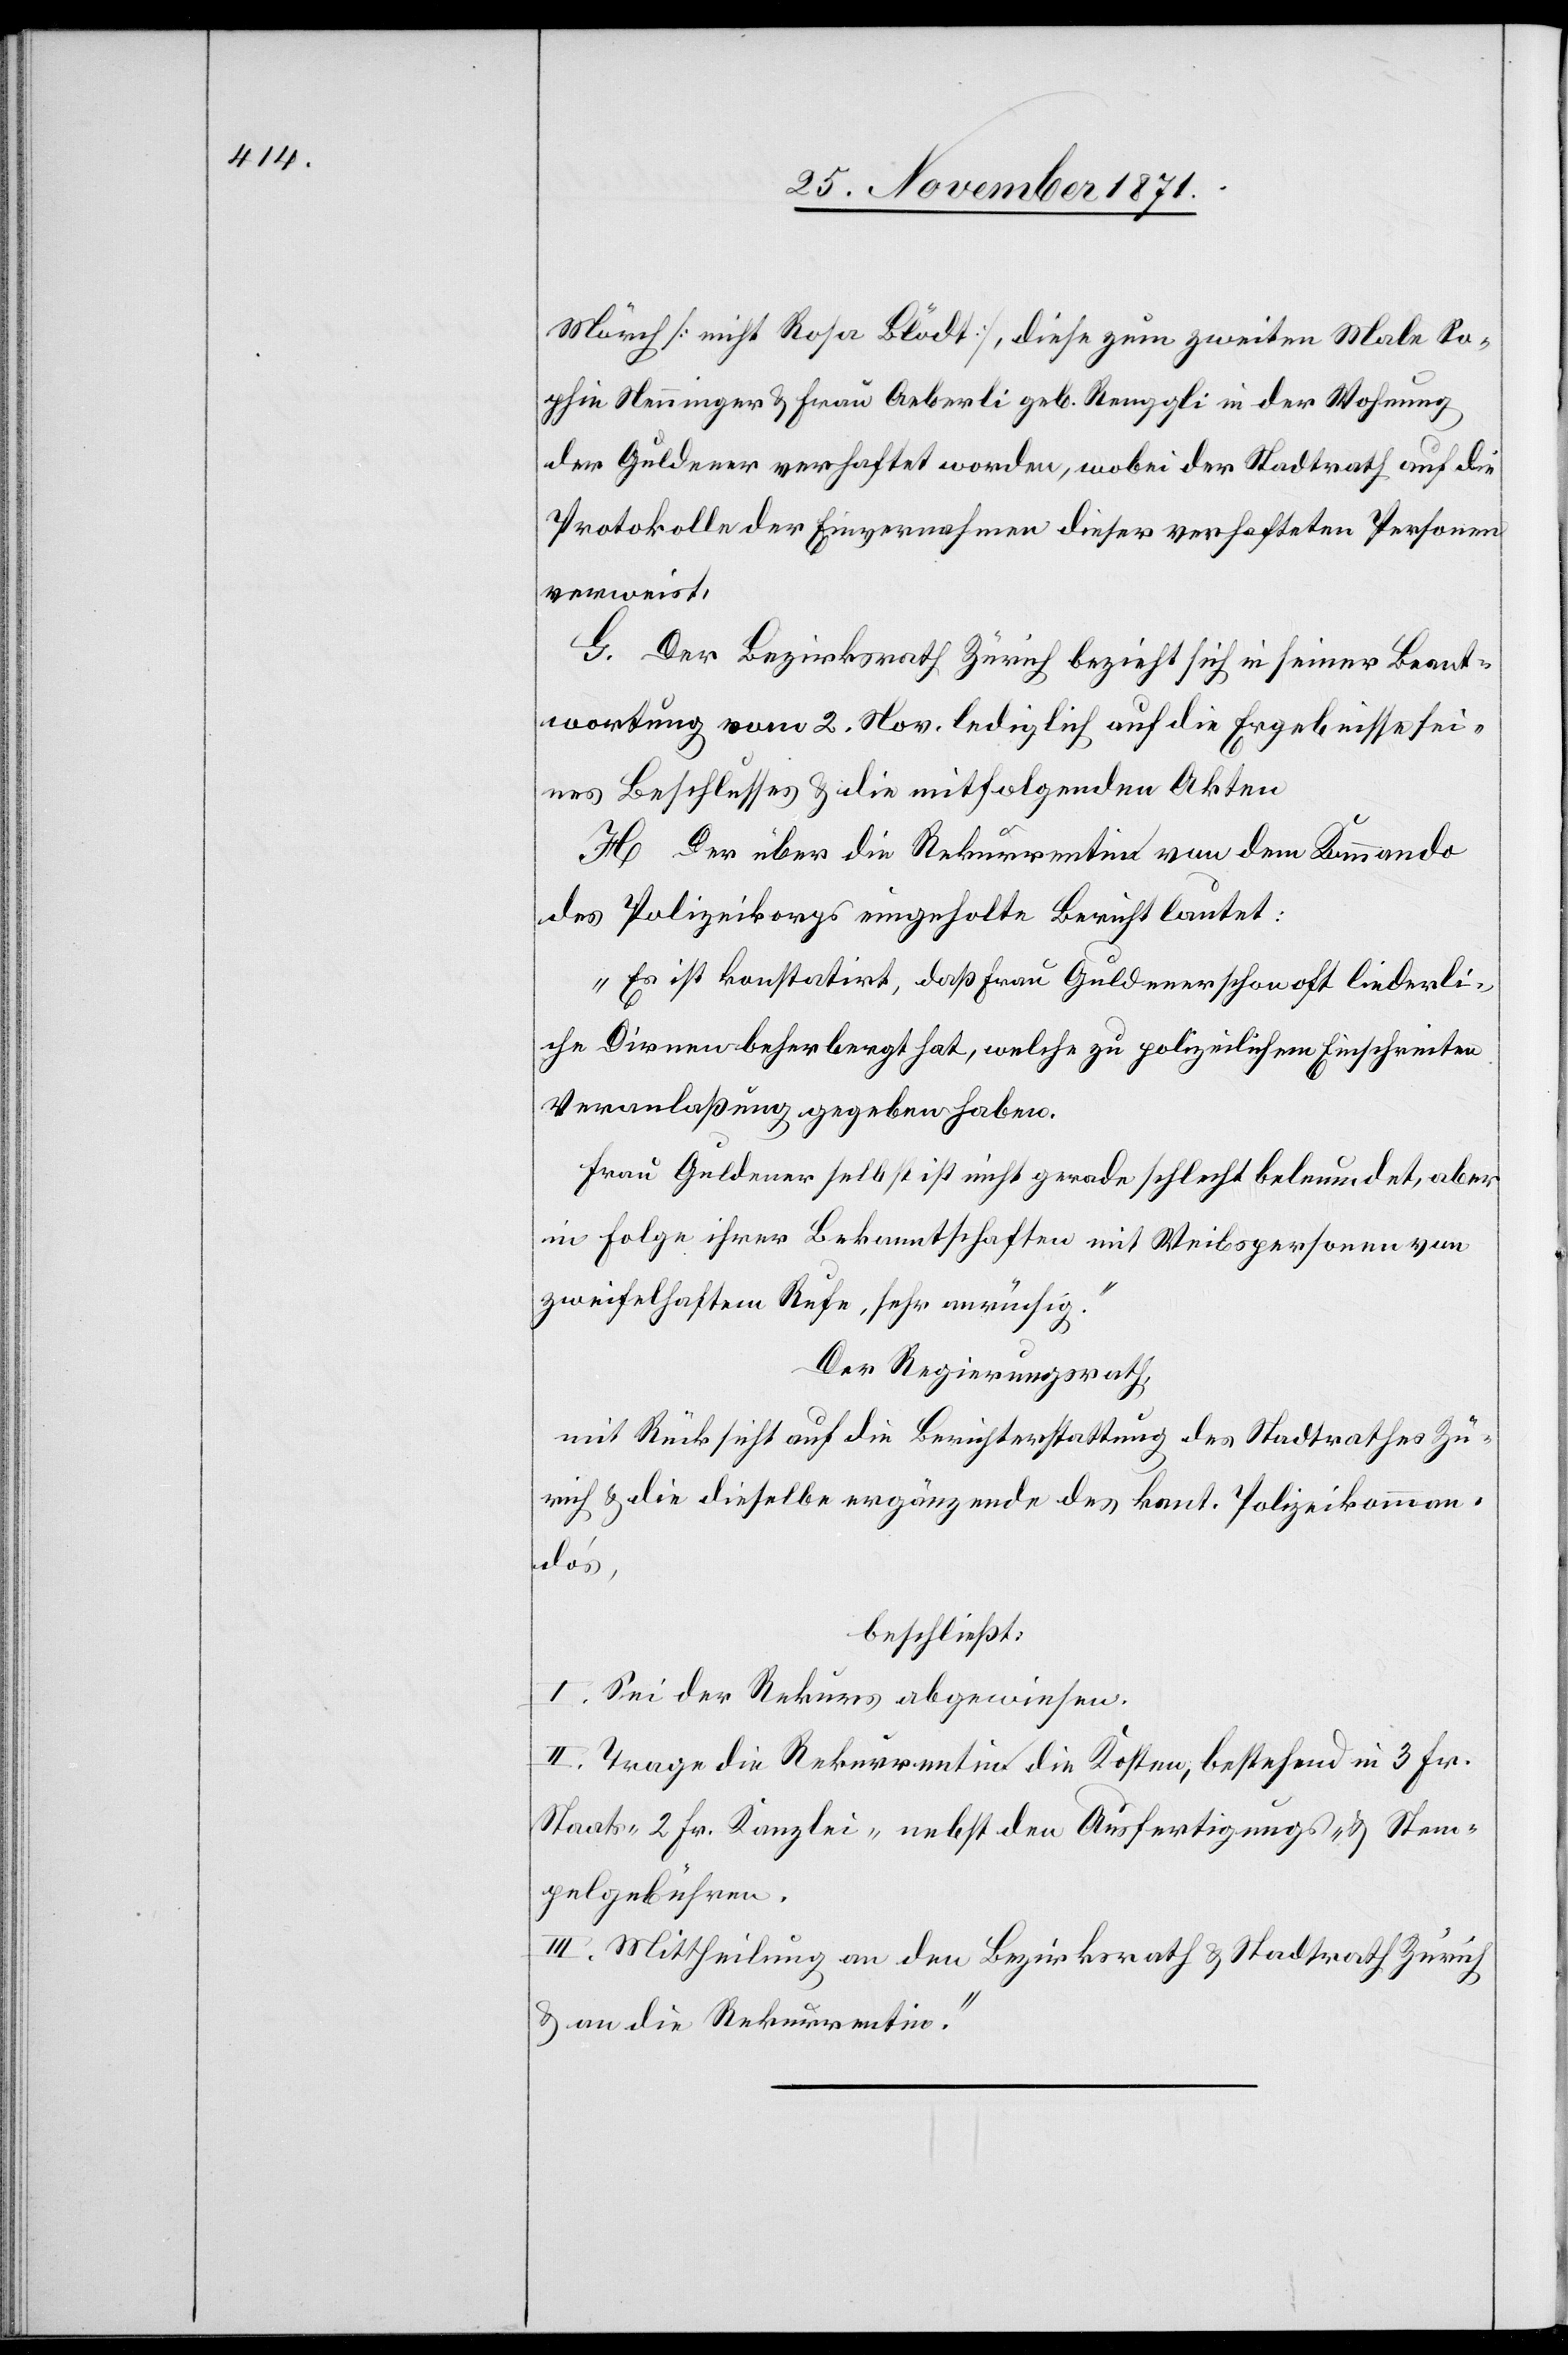
Mörch [nicht Rosa Blödt], diese zum zweiten Male So¬
phie Neuinger & Frau Aeberli geb. Renggli in der Wohnung
der Guldener verhaftet worden, wobei der Stadtrath auf die
Protokolle der Einvernahme dieser verhafteten Personen
verweist.
G. Der Bezirksrath Zürich bezieht sich in seiner Beant¬
wortung vom 2. Nov. lediglich auf die Ergebnisse sei¬
nes Beschlusses & die mitfolgenden Akten.
H. Der über die Rekurrentin von dem Kommando
des Polizeikorps eingeholte Bericht lautet:
„Es ist konstatirt, daß Frau Guldener schon oft liederli¬
che Dirnen beherbergt hat, welche zu polizeilichem Einschreiten
Veranlassung gegeben haben.
Frau Guldener selbst ist nicht gerade schlecht beleumundet, aber
in Folge ihrer Bekanntschaften mit Weibspersonen von
zweifelhaftem Rufe, sehr anrüchig.“
Der Regierungsrath,
mit Rücksicht auf die Berichterstattung des Stadtrathes Zü¬
rich & die dieselbe ergänzende des kant. Polizeikomman¬
do’s,
beschließt:
I. Sei der Rekurs abgewiesen.
II. Trage die Rekurrentin die Kosten, bestehend in 3 Fr.
Staats-[,] 2 Fr. Kanzlei-[,] nebst den Ausfertigungs- & Stem¬
pelgebühren.
III. Mittheilung an den Bezirksrath & Stadtrath Zürich
& an die Rekurrentin.